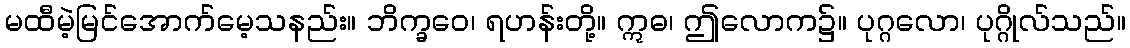
မထီမဲ့မြင်အောက်မေ့သနည်း။ ဘိက္ခဝေ၊ ရဟန်းတို့။ ဣဓ၊ ဤလောက၌။ ပုဂ္ဂလော၊ ပုဂ္ဂိုလ်သည်။